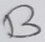
Text: B